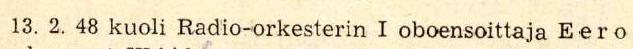
13. 2. 48 kuoli Radio-orkesterin I oboensoittaja Eero